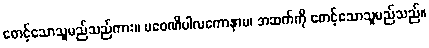
စောင့်သောသူမည်သည်ကား။ ပဝေဏိပါလကောနာမ၊ အဆက်ကို စောင့်သောသူမည်သည်။